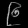
Digit: ၉